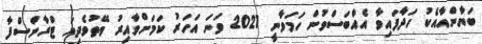
ބަޔާންއާއެކު ހަދާފައިވާ އެއްބަސްވުން ހަމަވާނީ 2021 ވަނަ އަހަރު ކަމަށްވާއިރު ވޭތުވެދިޔަ ޓްރާންސްފާ